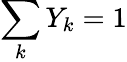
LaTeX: \sum_{k}Y_{k}=1